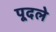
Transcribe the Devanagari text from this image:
पूदले